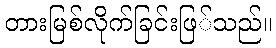
တားမြစ်လိုက်ခြင်းဖြ်သည်။